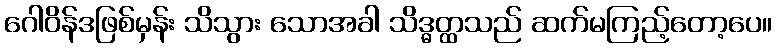
ဂေါဝိန်ဒဖြစ်မှန်း သိသွား သောအခါ သိဒ္ဓတ္ထသည် ဆက်မကြည့်တော့ပေ။